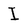
Character: I